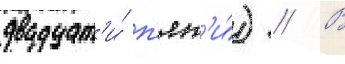
двадцат'и́ п'ят'и́) // В